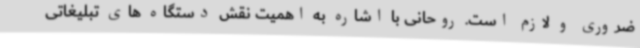
ضروری و لازم است. روحانی با اشاره به اهمیت نقش دستگاه های تبلیغاتی